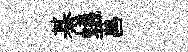
綦蟻菖